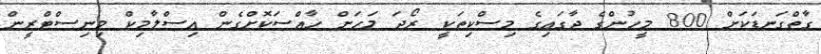
ގާތްގަނޑަކަށް 800 މީހުންގެ ޖާގައިގެ މިސްކިތަކީ ރޯދަ މަހަށް ހާއްސަކޮށްގެން އިސްލާމިކް މިނިސްޓްރީން